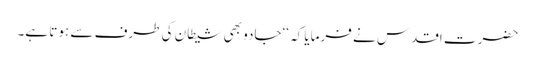
حضرت اقدس نے فرمایا کہ ‘‘جادو بھی شیطان کی طرف سے ہوتا ہے۔